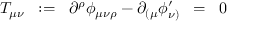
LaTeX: T _ { \mu \nu } \; \; : = \; \; \partial ^ { \rho } \phi _ { \mu \nu \rho } - \partial _ { ( \mu } \phi _ { \nu ) } ^ { \prime } \; \; = \; \; 0